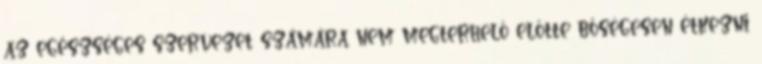
az egészséges szervezet számára nem megterhelő előtte bőségesen étkezni